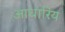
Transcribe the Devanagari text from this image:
आधारिय